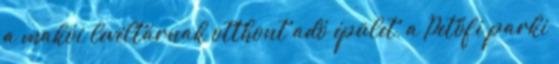
a makói levéltárnak otthont adó épület, a Petőfi parki